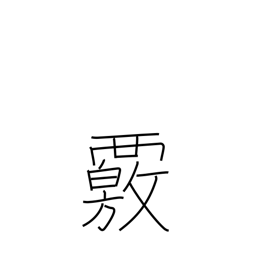
Meaning: investigate